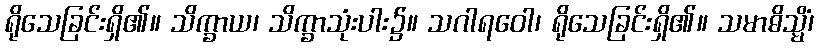
ရိုသေခြင်းရှိ၏။ သိက္ခာယ၊ သိက္ခာသုံးပါး၌။ သဂါရဝေါ၊ ရိုသေခြင်းရှိ၏။ သမာဓိသ္မိံ၊